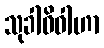
သုခါဓိဝါဟာ